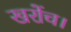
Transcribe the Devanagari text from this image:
खरोंच।